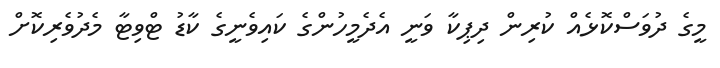
މީގެ ދުވަސްކޮޅެއް ކުރިން ދިޕިކާ ވަނީ އެދެމީހުންގެ ކައިވެނީގެ ކާޑު ޓްވިޓާ މެދުވެރިކޮށް